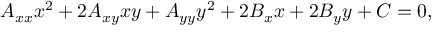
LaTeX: A _ { x x } x ^ { 2 } + 2 A _ { x y } x y + A _ { y y } y ^ { 2 } + 2 B _ { x } x + 2 B _ { y } y + C = 0 ,